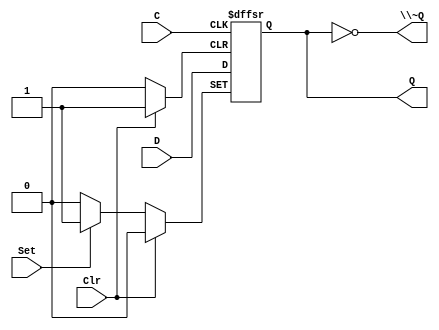
/*
 * Generated by Digital. Don't modify this file!
 * Any changes will be lost if this file is regenerated.
 */

module DIG_D_FF_AS_1bit
#(
    parameter Default = 0
)
(
   input Set,
   input D,
   input C,
   input Clr,
   output Q,
   output \~Q
);
    reg state;

    assign Q = state;
    assign \~Q  = ~state;

    always @ (posedge C or posedge Clr or posedge Set)
    begin
        if (Set)
            state <= 1'b1;
        else if (Clr)
            state <= 'h0;
        else
            state <= D;
    end

    initial begin
        state = Default;
    end
endmodule

module nlprg11 (
  input ck,
  input rst,
  output [10:0] o
);
  wire o0;
  wire o1;
  wire o2;
  wire o3;
  wire o4;
  wire o5;
  wire o6;
  wire o7;
  wire o8;
  wire o9;
  wire o10;
  wire s0;
  wire s1;
  wire s2;
  wire s3;
  wire s4;
  DIG_D_FF_AS_1bit #(
    .Default(0)
  )
  DIG_D_FF_AS_1bit_i0 (
    .Set( 1'b0 ),
    .D( s0 ),
    .C( ck ),
    .Clr( rst ),
    .Q( o0 )
  );
  DIG_D_FF_AS_1bit #(
    .Default(0)
  )
  DIG_D_FF_AS_1bit_i1 (
    .Set( 1'b0 ),
    .D( s1 ),
    .C( ck ),
    .Clr( rst ),
    .Q( o2 )
  );
  DIG_D_FF_AS_1bit #(
    .Default(0)
  )
  DIG_D_FF_AS_1bit_i2 (
    .Set( 1'b0 ),
    .D( s2 ),
    .C( ck ),
    .Clr( rst ),
    .Q( o1 )
  );
  DIG_D_FF_AS_1bit #(
    .Default(0)
  )
  DIG_D_FF_AS_1bit_i3 (
    .Set( 1'b0 ),
    .D( s3 ),
    .C( ck ),
    .Clr( rst ),
    .Q( o3 )
  );
  DIG_D_FF_AS_1bit #(
    .Default(0)
  )
  DIG_D_FF_AS_1bit_i4 (
    .Set( 1'b0 ),
    .D( s4 ),
    .C( ck ),
    .Clr( rst ),
    .Q( o4 )
  );
  DIG_D_FF_AS_1bit #(
    .Default(0)
  )
  DIG_D_FF_AS_1bit_i5 (
    .Set( 1'b0 ),
    .D( o4 ),
    .C( ck ),
    .Clr( rst ),
    .Q( o5 )
  );
  DIG_D_FF_AS_1bit #(
    .Default(0)
  )
  DIG_D_FF_AS_1bit_i6 (
    .Set( 1'b0 ),
    .D( o5 ),
    .C( ck ),
    .Clr( rst ),
    .Q( o6 )
  );
  DIG_D_FF_AS_1bit #(
    .Default(0)
  )
  DIG_D_FF_AS_1bit_i7 (
    .Set( 1'b0 ),
    .D( o6 ),
    .C( ck ),
    .Clr( rst ),
    .Q( o7 )
  );
  DIG_D_FF_AS_1bit #(
    .Default(0)
  )
  DIG_D_FF_AS_1bit_i8 (
    .Set( 1'b0 ),
    .D( o7 ),
    .C( ck ),
    .Clr( rst ),
    .Q( o8 )
  );
  DIG_D_FF_AS_1bit #(
    .Default(0)
  )
  DIG_D_FF_AS_1bit_i9 (
    .Set( 1'b0 ),
    .D( o8 ),
    .C( ck ),
    .Clr( rst ),
    .Q( o9 )
  );
  DIG_D_FF_AS_1bit #(
    .Default(0)
  )
  DIG_D_FF_AS_1bit_i10 (
    .Set( 1'b0 ),
    .D( o9 ),
    .C( ck ),
    .Clr( rst ),
    .Q( o10 )
  );
  assign o[0] = o0;
  assign o[1] = o1;
  assign o[2] = o2;
  assign o[3] = o3;
  assign o[4] = o4;
  assign o[5] = o5;
  assign o[6] = o6;
  assign o[7] = o7;
  assign o[8] = o8;
  assign o[9] = o9;
  assign o[10] = o10;
  assign s0 = ~ ((o6 ^ o10) ^ o4);
  assign s2 = ((o7 ^ o9) ^ o0);
  assign s1 = ((o6 ^ o8) ^ o1);
  assign s4 = (~ (o6 ^ o3) ^ ((o2 & (o1 & o0)) & ((~ (o10 | o9) & ~ (o8 | o7)) & (~ (o6 | o5) & ~ o4))));
  assign s3 = ((o4 ^ o5) ^ o2);
endmodule